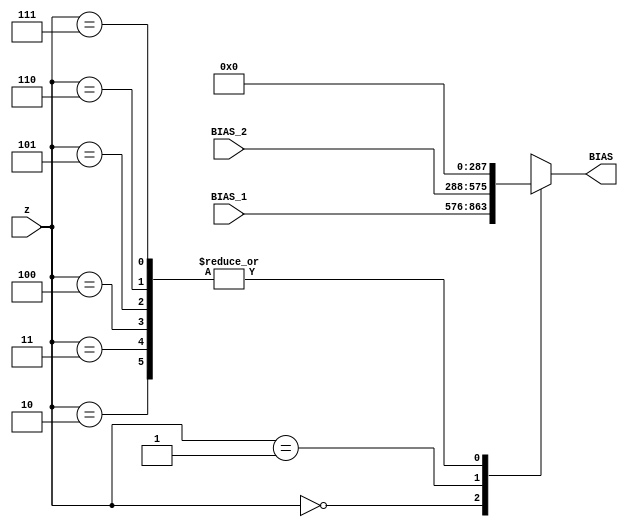
module mux_2_1_L10 #(parameter N_adder_tree=16)(BIAS_1,BIAS_2,BIAS,z);

input  wire	[2:0]				  z;
output reg [N_adder_tree*18-1:0] BIAS;


input wire [N_adder_tree*18-1:0] BIAS_1;
input wire [N_adder_tree*18-1:0] BIAS_2;



always@(*)
begin 
	case(z)
	  3'b000:BIAS=BIAS_1;
	  3'b001:BIAS=BIAS_2;
	  3'b010:BIAS=0;
	  3'b011:BIAS=0;
	  3'b100:BIAS=0;
	  3'b101:BIAS=0;
	  3'b110:BIAS=0;
	  3'b111:BIAS=0;
	endcase 
end

endmodule